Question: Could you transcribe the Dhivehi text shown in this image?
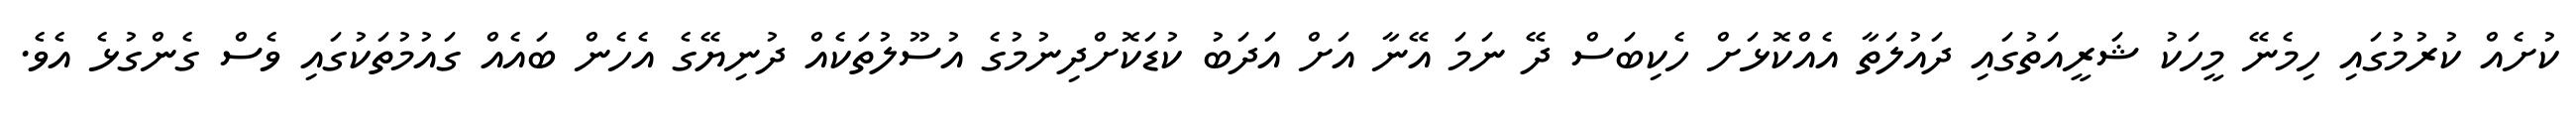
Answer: ކުށެއް ކުރުމުގައި ހިމެނޭ މީހަކު ޝަރީއަތުގައި ދައުލަތާ އެއްކޮޅަށް ހެކިބަސް ދޭ ނަމަ އޭނާ އަށް އަދަބު ކުޑަކޮށްދިނުމުގެ އުސޫލުތަކެއް ދުނިޔޭގެ އެހެން ބައެއް ގައުމުތަކުގައި ވެސް ގެންގުޅެ އެވެ.